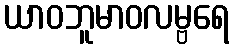
ယာဝဘူမာဝလမ္ဗရေ